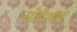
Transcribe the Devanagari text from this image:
मोडेसटी